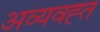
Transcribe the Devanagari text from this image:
अव्यवह्त